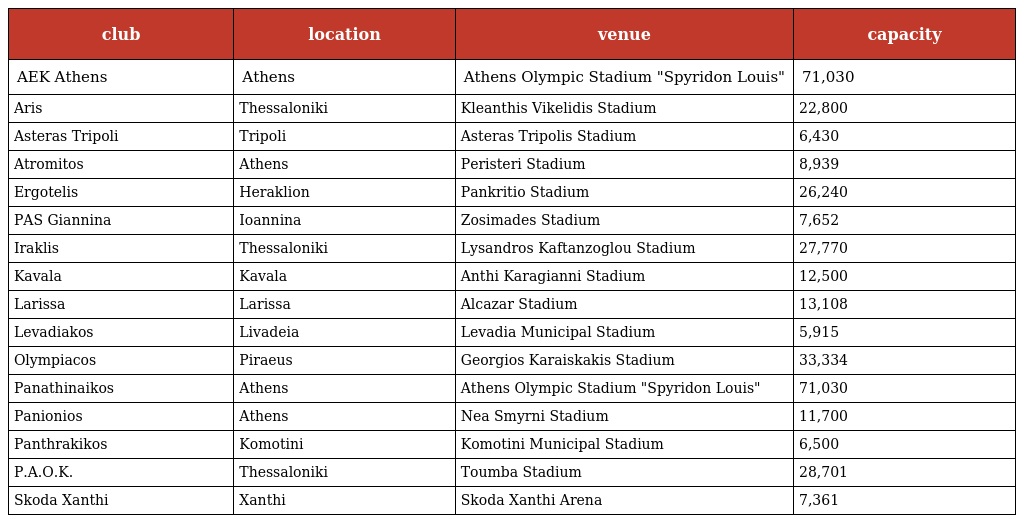
| club | location | venue | capacity |
 | --- | --- | --- | --- |
 | AEK Athens | Athens | Athens Olympic Stadium "Spyridon Louis" | 71,030 |
 | Aris | Thessaloniki | Kleanthis Vikelidis Stadium | 22,800 |
 | Asteras Tripoli | Tripoli | Asteras Tripolis Stadium | 6,430 |
 | Atromitos | Athens | Peristeri Stadium | 8,939 |
 | Ergotelis | Heraklion | Pankritio Stadium | 26,240 |
 | PAS Giannina | Ioannina | Zosimades Stadium | 7,652 |
 | Iraklis | Thessaloniki | Lysandros Kaftanzoglou Stadium | 27,770 |
 | Kavala | Kavala | Anthi Karagianni Stadium | 12,500 |
 | Larissa | Larissa | Alcazar Stadium | 13,108 |
 | Levadiakos | Livadeia | Levadia Municipal Stadium | 5,915 |
 | Olympiacos | Piraeus | Georgios Karaiskakis Stadium | 33,334 |
 | Panathinaikos | Athens | Athens Olympic Stadium "Spyridon Louis" | 71,030 |
 | Panionios | Athens | Nea Smyrni Stadium | 11,700 |
 | Panthrakikos | Komotini | Komotini Municipal Stadium | 6,500 |
 | P.A.O.K. | Thessaloniki | Toumba Stadium | 28,701 |
 | Skoda Xanthi | Xanthi | Skoda Xanthi Arena | 7,361 |